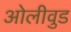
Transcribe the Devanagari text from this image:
ओलीवुड